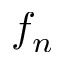
f _ { n }